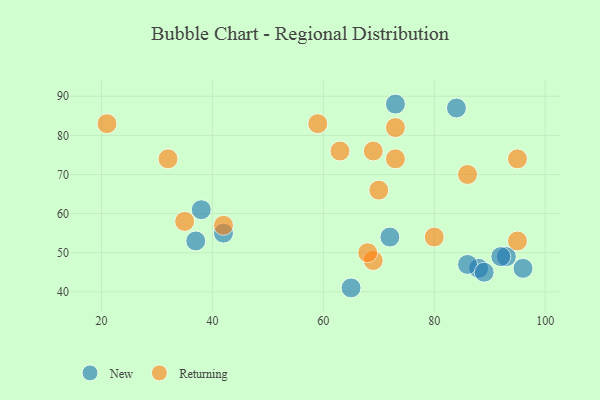
{"axis": {"x": "GDP", "y": "Life Expectancy"}, "legend": ["New", "Returning"], "data": [{"x": "42", "y": 55, "type": "New"}, {"x": "93", "y": 49, "type": "New"}, {"x": "88", "y": 46, "type": "New"}, {"x": "96", "y": 46, "type": "New"}, {"x": "38", "y": 61, "type": "New"}, {"x": "86", "y": 47, "type": "New"}, {"x": "65", "y": 41, "type": "New"}, {"x": "72", "y": 54, "type": "New"}, {"x": "89", "y": 45, "type": "New"}, {"x": "92", "y": 49, "type": "New"}, {"x": "84", "y": 87, "type": "New"}, {"x": "73", "y": 88, "type": "New"}, {"x": "37", "y": 53, "type": "New"}, {"x": "69", "y": 48, "type": "Returning"}, {"x": "21", "y": 83, "type": "Returning"}, {"x": "35", "y": 58, "type": "Returning"}, {"x": "95", "y": 74, "type": "Returning"}, {"x": "42", "y": 57, "type": "Returning"}, {"x": "69", "y": 76, "type": "Returning"}, {"x": "70", "y": 66, "type": "Returning"}, {"x": "80", "y": 54, "type": "Returning"}, {"x": "63", "y": 76, "type": "Returning"}, {"x": "73", "y": 82, "type": "Returning"}, {"x": "32", "y": 74, "type": "Returning"}, {"x": "73", "y": 74, "type": "Returning"}, {"x": "68", "y": 50, "type": "Returning"}, {"x": "86", "y": 70, "type": "Returning"}, {"x": "59", "y": 83, "type": "Returning"}, {"x": "95", "y": 53, "type": "Returning"}]}